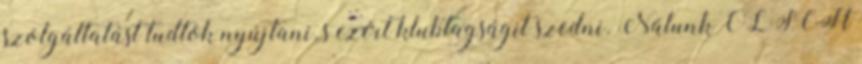
szolgáltatást tudtok nyújtani, s ezért klubtagságit szedni. Nálunk OLSCH